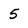
Character: 5